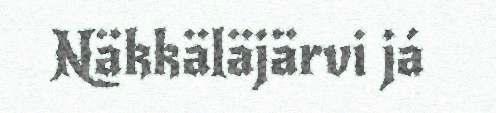
Näkkäläjärvi já